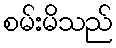
စမ်းမိသည်